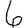
Digit: 6